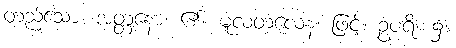
တည်သော။ အတ္တနော၊ ၏။ မူလတလေန၊ ဖြင့်။ ဥပရိ၊ ၌။